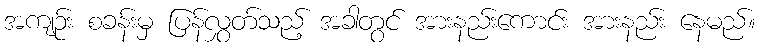
အကျဉ်း စခန်းမှ ပြန်လွှတ်သည့် အခါတွင် အားနည်းကောင်း အားနည်း နေမည်။